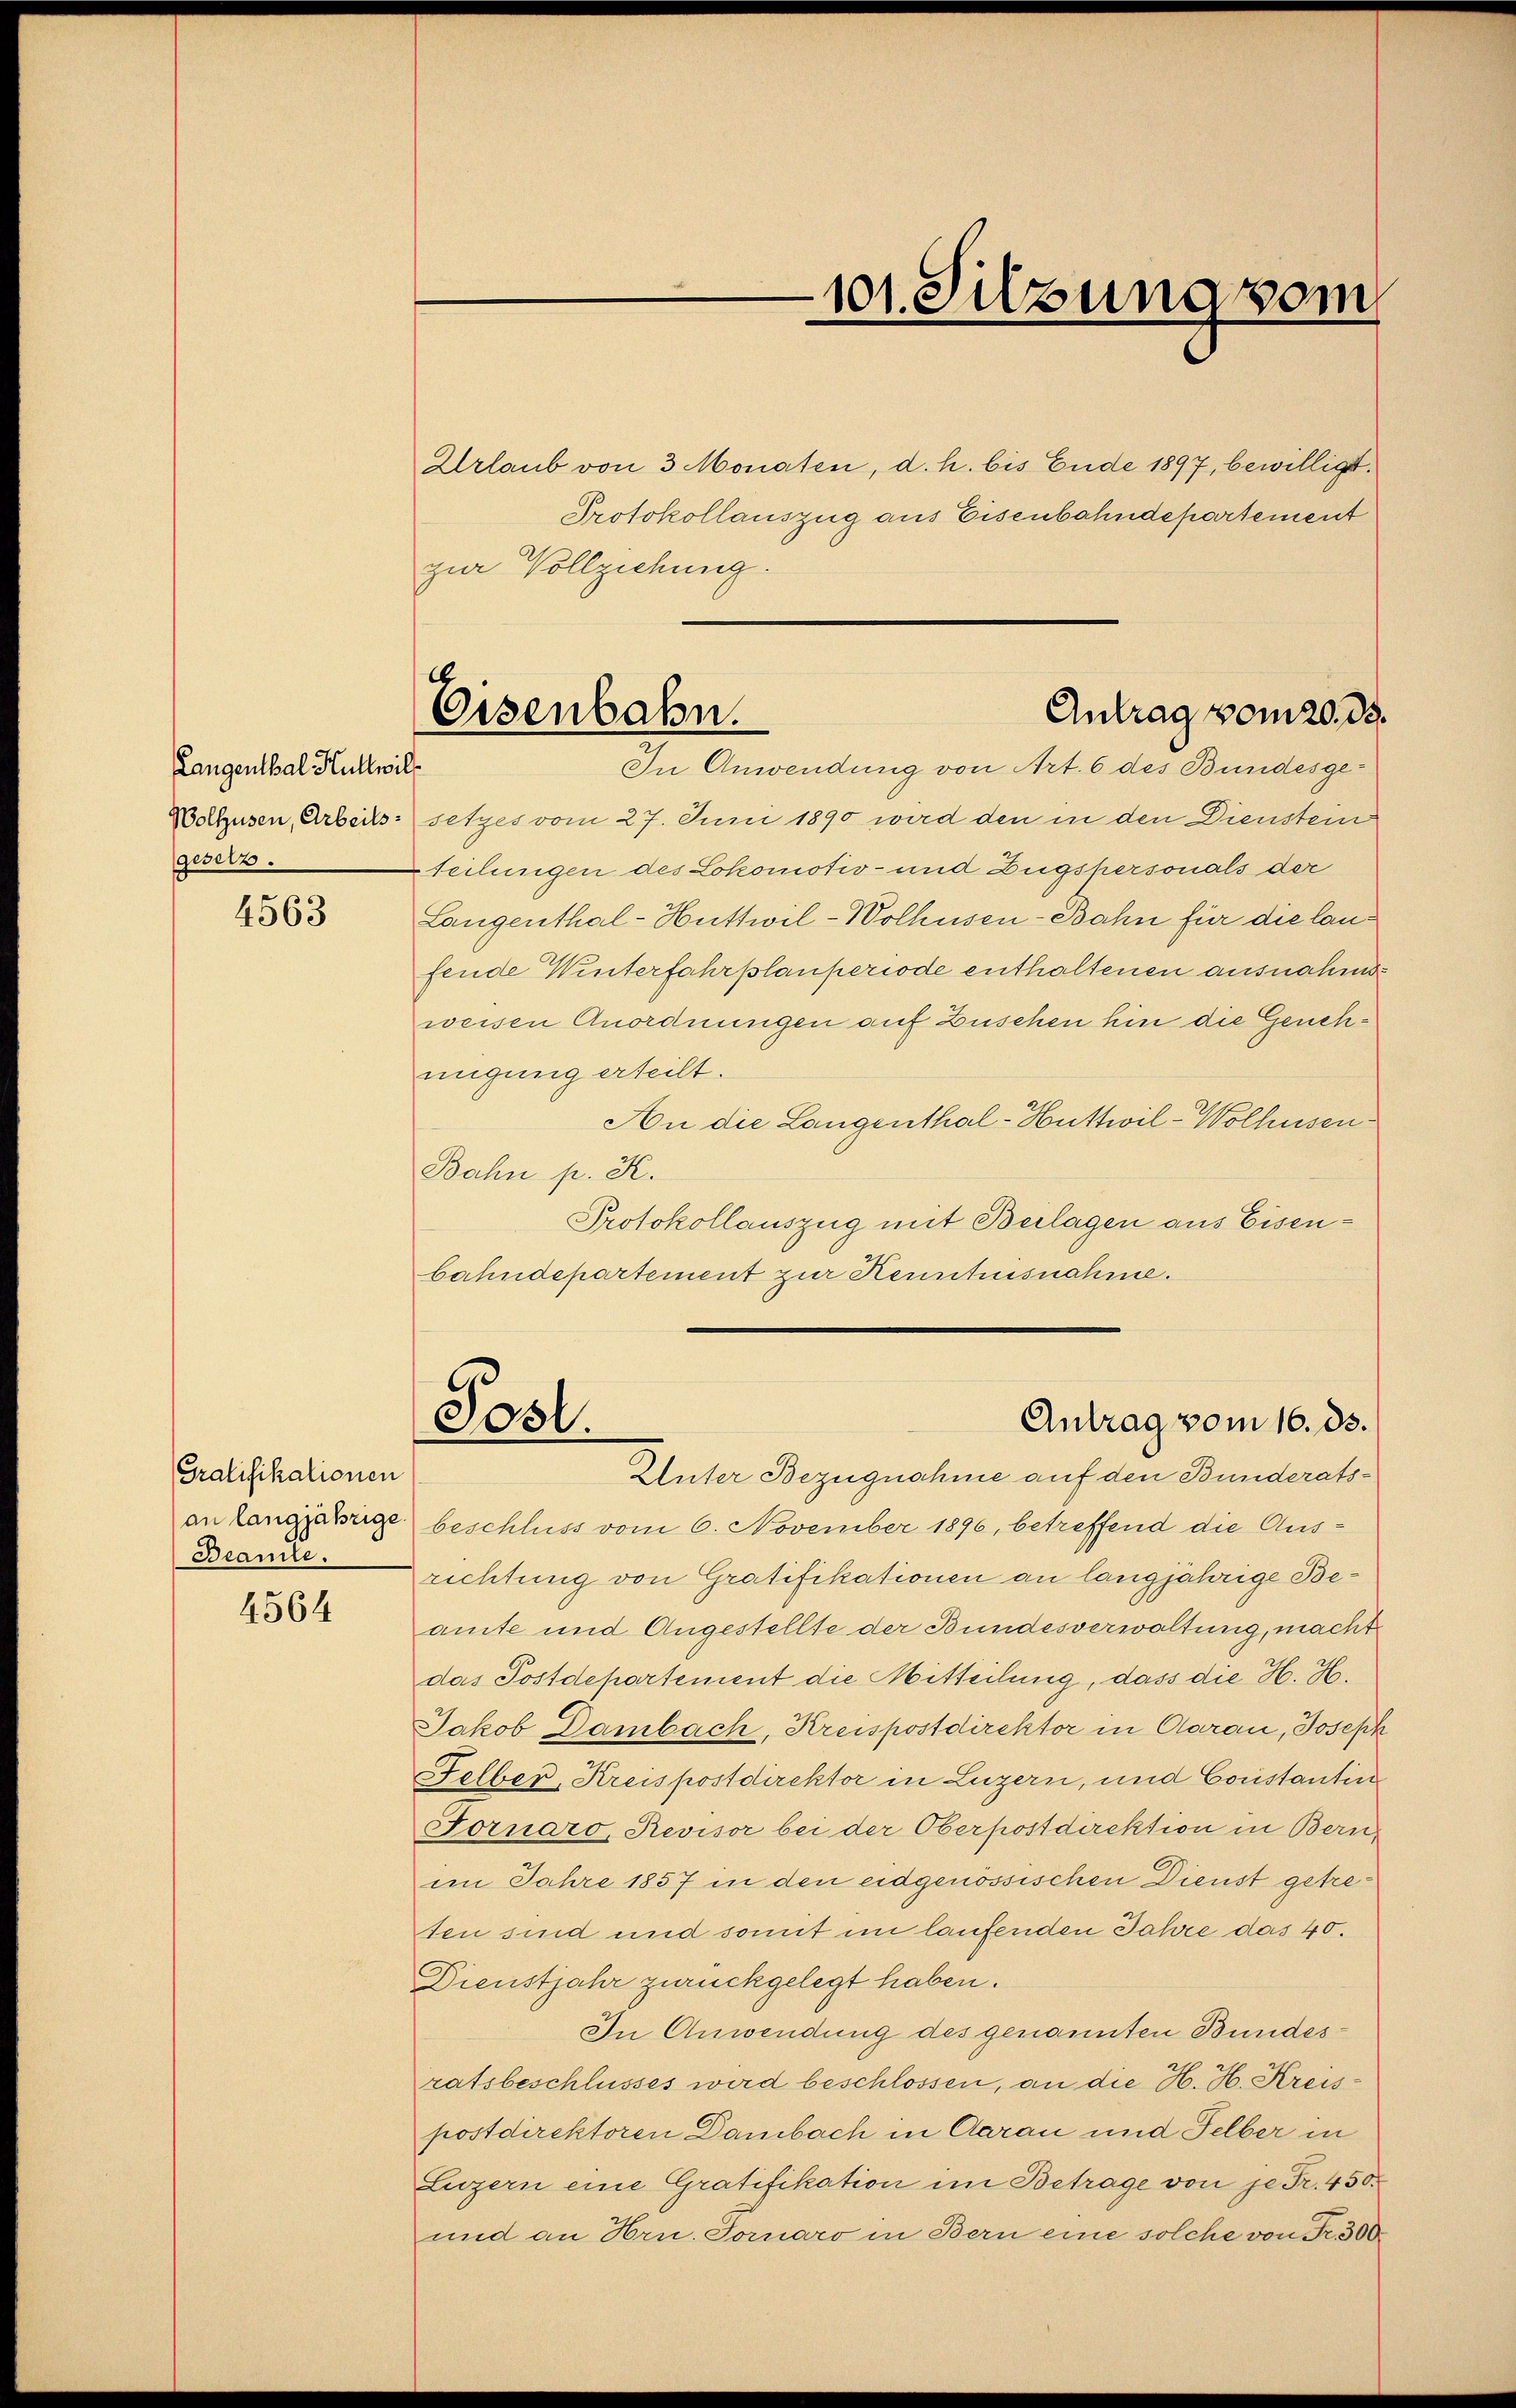
Langenthal Kullwil¬
Wollzusen, Arbeitsgesetz.

4563

Gratifikationen
an langjährige
Beamte.

4564

Eisenbahn.

Urlaub von 3 Monaten, d. h. bis Ende 1897, bewilligt.
Protokollauszug aus Eisenbahndepartement
zur Vollziehung.
In Anwendung von Art. 6 des Bundesgesetzes vom 27. Juni 1890 wird den in den Dienstein
teilungen des Lokomotiv- und Zugspersonals der
Langenthal-Huttwil-Wolhusen-Bahn für die laufende Winterfahrplanperiode enthaltenen ausnahmsweisen Anordnungen auf Zuschen hin die Genehmigung erteilt.
An die Langenthal-Huttwil-Wolhusen¬
Bahn p. K.
Protokollauszug mit Beilagen aus Eisenbahndepartement zur Kenntnisnahme.
Post.
Antrag vom 16. ds.
Unter Bezugnahme auf den Bunderatsbeschluss vom 6. November 1896, betreffend die Ausrichtung von Gratifikationen an langjährige Beamte und Angestellte der Bundesverwaltung, macht
das Postdepartement die Mitteilung, dass die H. H.
Jakob Dambach, Kreispostdirektor in Aarau, Joseph
Felber, Kreispostdirektor in Luzern, und Constantin
Fornaro, Revisor bei der Oberpostdirektion in Bern,
im Jahre 1857 in den eidgenössischen Dienst getreten sind und somit im laufenden Jahre das 40.
Dienstjahr zurückgelegt haben.
In Anwendung des genannten Bundesratsbeschlusses wird beschlossen, an die H. H. Kreispostdirektoren Dambach in Aarau und Selber in
Luzern eine Gratifikation im Betrage von je Fr. 450.
und an Hrn. Fornaro in Bern eine solche von Fr. 300.

101. Silzung vom

Antrag vom 20. ds.